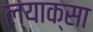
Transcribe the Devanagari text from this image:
ल्याक्सा